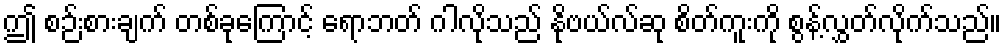
ဤ စဉ်းစားချက် တစ်ခုကြောင့် ရောဘတ် ဂါလိုသည် နိုဗယ်လ်ဆု စိတ်ကူးကို စွန့်လွှတ်လိုက်သည်။